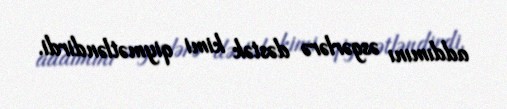
addımını əsgərlərə dəstək kimi qiymətləndirdi.